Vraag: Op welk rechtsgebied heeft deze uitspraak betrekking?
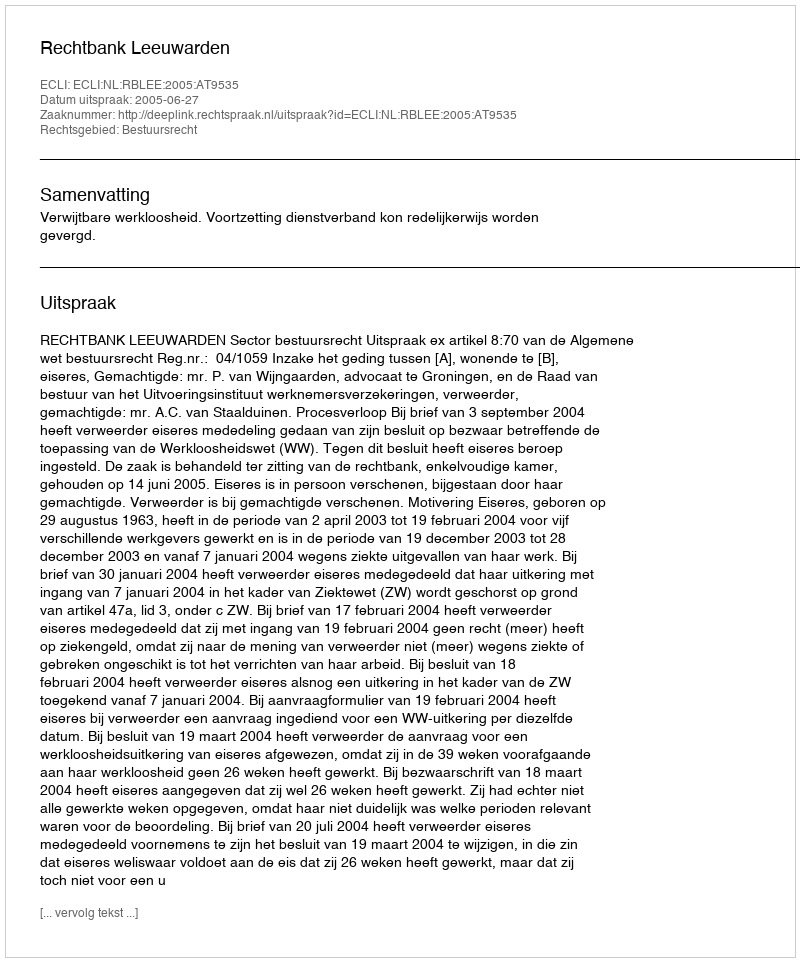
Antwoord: Bestuursrecht